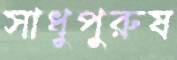
সাধুপুরুষ